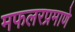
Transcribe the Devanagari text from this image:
मफलरप्रमाणे